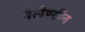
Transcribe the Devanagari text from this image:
वेलेण्टीन